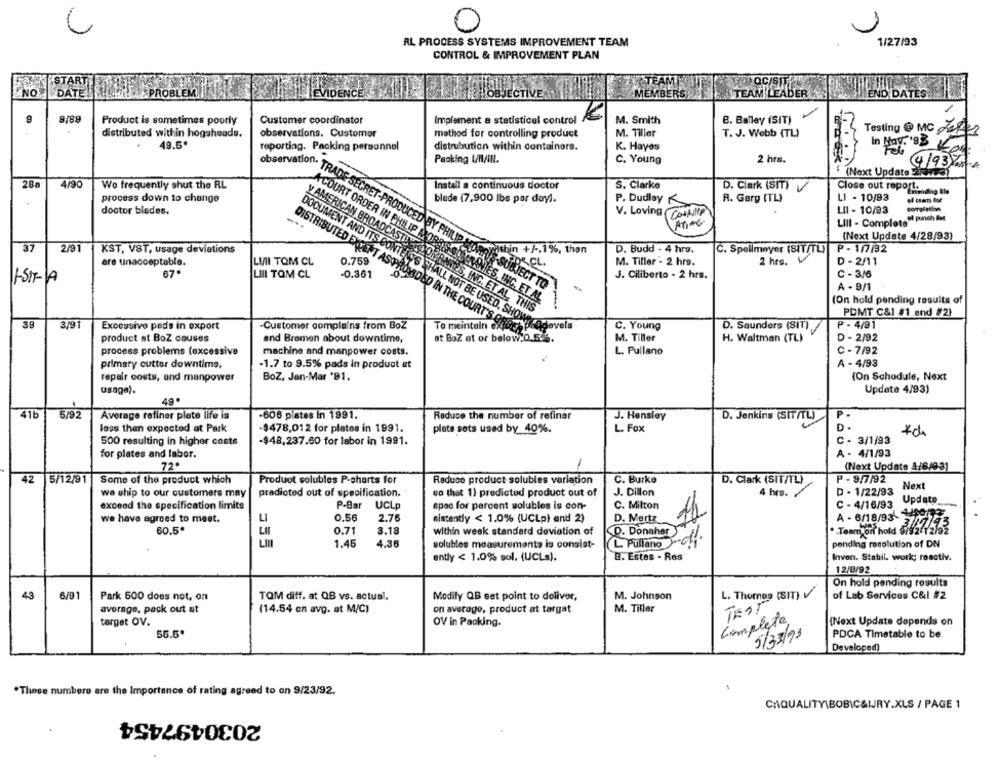
AL PROCESS SYSTEMS IMPROVEMENT TEAM
1/27/93
CONTROL & IMPROVEMENT PLAN
START
TEAMIII
NOC/SIT"
NO
DATE!
PROBLEM
EVIDENCE
HOBJECTIVE
MEMBERS
TEAM LEADER
END DATES
Product is sometimes poorly
Customer coordinator
Implement a statistical control
K
M. Smith
B. Balley (SIT)
Testing @ MC 2121
distributed within hogsheads.
observations, Customer
method for controlling product
M. Tiller
T. J. Webb (TL)
49.5"
distrubution within containors.
In May. "98
reporting. Packing personnel
K. Hayes
Packing t/HAIN.
C. Young
2 hrs.
4193/1
(Next Update Sida)
28a
4/90
Wo frequently shut the RL
Install a continuous doctor
S. Clarke
D. Clark (SIT)
Close out report.
process down to change
blede (7,900 lbs par doy).
R. Garg (TL)
L1 - 10/93
P. Dudley
doctor bledes.
V. Loving
CONSULTA
LI1 - 10/93
LIII - Complete" pach et
-.-
(Next Update 4/28/93)
37
2/91
KST, VST, usage deviations
oshin +/ -. 1%, thon
D. Budd - 4 hra.
C. Spellmeyer (SIT/TL)
P- 1/7/92
ere unacceptable.
LII TOM CL
2 hrs.
0.759
FOR CL.
M. Tiller - 2 hrs.
D - 2/11
67
LIII TOM CL
-0.361
J. Ciliberto - 2 hrs.
C - 3/6
1-SIFA
Reservation" TRADE SECRET-PRODUCED BY PHILIP MORRIS-SUBJECT TO
S-SUBJECT TO
A - 9/1
ACOURT ORDER IN PHILIP MORRIS SOMRANTES, INC. ET AL
NIES, INC. ET.AL
(On hold pending results of
y AMERICAN BROADCASTLY DONBAYES, INC. ET AL, THIS
ASYES, INC. ET AL. THIS
POMT C&1 #1 end #2)
39
3,91
Excessive peds in export
-Customer complains from BoZ
DOCUMENT AND ITS CONTENTS SHALL NOT BE USED, SHOW!CO
To meintaln ex
C. Young
D. Saunders (SIT)
P - 4/91
DISTRIBUTED EXCEPT AS PROVIDED IN THE COURT'S OOK KOR
at BoZ ot or below:0.5.6.
M. Tiller
D - 2/92
product at BoZ causes
and Bremen about downtime,
H. Waltman (TL)
process problems (excessive
machine and manpower costs.
L. Pullano
C - 7/92
primary cutter downtime,
-1.7 to 9.5% pads in product at
A - 4/93
repair costs, and manpower
BoZ, Jon-Mar '91.
(On Schodule, Next
usage).
Update 4/93)
49.
41b
6/92
Average refiner plete life is
-608 plates in 1991.
Reduce the number of refinar
J. Hensley
D. Jenkins (SIT/TL)
P.
less than expected at Park
$478,012 for platos in 1991.
plate sets used by 40%.
L. Fox
D .
500 resulting in higher costs
-$48,237.60 for labor in 1991.
C - 3/1/93
for plates and labor.
A - 4/1/93
72.
(Next Update 4/6/03)
42
5/12/91
Some of the product which
Product solubles P-charts for
Raduco product solubles variation
C. Burke
D. Clark (SIT/TL)
P - 9/7/92
Next
we ship to our customers may
pradicted out of specification.
co thet 1) predicted product out of
J. Dillon
4 hrs.
D - 1/22/93
P-Bar
UCLp
C. Milton
C - 4/16/93
Update
exceed the specification limits
spec for percent solubles is con-
we have agreed to meet.
LI
0.56
2.76
sistently < 1,0% (UCLp) end 2)
D. Mertz
A - 6/18/93-11743
60.5ª
0.71
3.18
within week standard deviation of
D. Donaher
. Team on hold 9/92-12/92
355
pending resolution of DN
1.45
4.36
solubles measurements is consist-
L. Pullano
ently < 1.0% sol. (UCLs).
8. Estos - Res
Inven. Stabil. work; reactiv.
12/0/92
On hold pending results
43
6/91
Park 500 does not, on
TOM diff. at QB vs. actual.
Modify QB set point to deliver,
M. Johnson
L. Thomas (SIT)
of Lab Services C&l #2
average, pack out at
(14.54 on avg. at M/C)
on average, product at targat
M. Tiller
TEST
Complete
target OV.
OV in Packing.
(Next Update depends on
56.5"
5/33/93
PDCA Timetable to be
Developed)
.These numbers are the Importance of rating agreed to on 9/23/92.
CAQUALITY\BOBIC&WRY.XLS / PAGE 1
2030497454